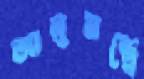
আলুমন্ত্রে